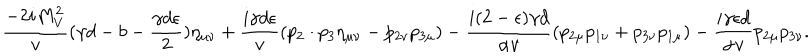
\frac { - 2 i M _ { V } ^ { 2 } } { v } ( \gamma d - b - \frac { \gamma d \epsilon } { 2 } ) \eta _ { \mu \nu } + \frac { i \gamma d \epsilon } { v } ( p _ { 2 } \cdot p _ { 3 } \eta _ { \mu \nu } - p _ { 2 \nu } p _ { 3 \mu } ) - \frac { i ( 2 - \epsilon ) \gamma d } { \alpha v } ( p _ { 2 \mu } p _ { 1 \nu } + p _ { 3 \nu } p _ { 1 \mu } ) - \frac { i \gamma \epsilon d } { \alpha v } p _ { 2 \mu } p _ { 3 \nu } .